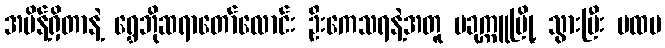
အမိန့်ရှိတာနဲ့ ရွှေဘိုဆရာတော်လောင်း ဦးကေသရနဲ့အတူ ပခုက္ကူမြို့ သွားပြီး ပထမ